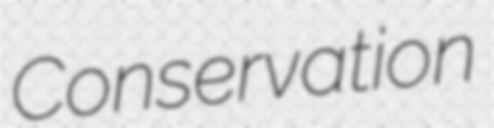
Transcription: Conservation